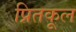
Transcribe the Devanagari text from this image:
प्रितकूल